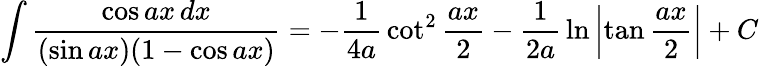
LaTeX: \int{\frac{\cos ax\, dx}{(\sin ax)(1-\cos ax)}}=-{\frac{1}{4a}}\cot^{2}{\frac{ax}{2}}-{\frac{1}{2a}}\ln\left|\tan{\frac{ax}{2}}\right|+C